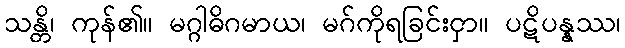
သန္တိ၊ ကုန်၏။ မဂ္ဂါဓိဂမာယ၊ မဂ်ကိုရခြင်းငှာ။ ပဋိပန္နဿ၊